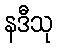
နဒီသု